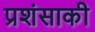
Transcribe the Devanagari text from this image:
प्रशंसाकी